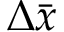
\Delta \bar { x }